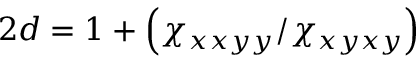
2 d = 1 + \left( \chi _ { x x y y } / \chi _ { x y x y } \right)